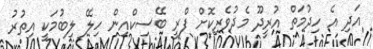
އަދި އެ ހިދުމަތް އުރީދޫ މެދުވެރިކޮށް ފްރީ ބޭސިކްއިން ހިލޭ ލިބުމަކީ އިތުރު